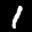
Label: 1